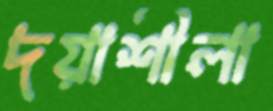
দয়াশীলা